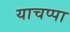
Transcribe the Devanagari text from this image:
याचप्पा